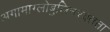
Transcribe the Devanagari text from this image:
अगामाग्लोबुलिनरक्तता